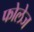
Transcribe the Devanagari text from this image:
फोलेज